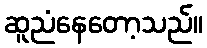
ဆူညံနေတော့သည်။